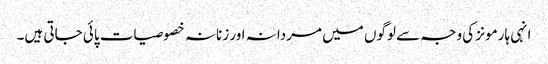
انہی ہارمونز کی وجہ سے لوگوں میں مردانہ اور زنانہ خصوصیات پائی جاتی ہیں۔